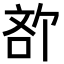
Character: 𪡍